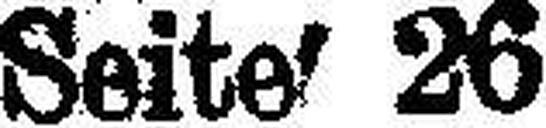
Seite 26